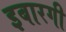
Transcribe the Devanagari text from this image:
इबारगी